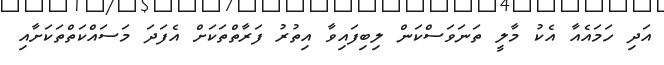
އަދި ހަމައެއާ އެކު މާލީ ތަނަވަސްކަން ލިބިފައިވާ އިތުރު ފަރާތްތަކަށް އެފަދަ މަސައްކަތްތަކަށާއި